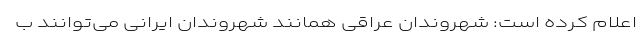
اعلام کرده است: شهروندان عراقی همانند شهروندان ایرانی می‌توانند ب